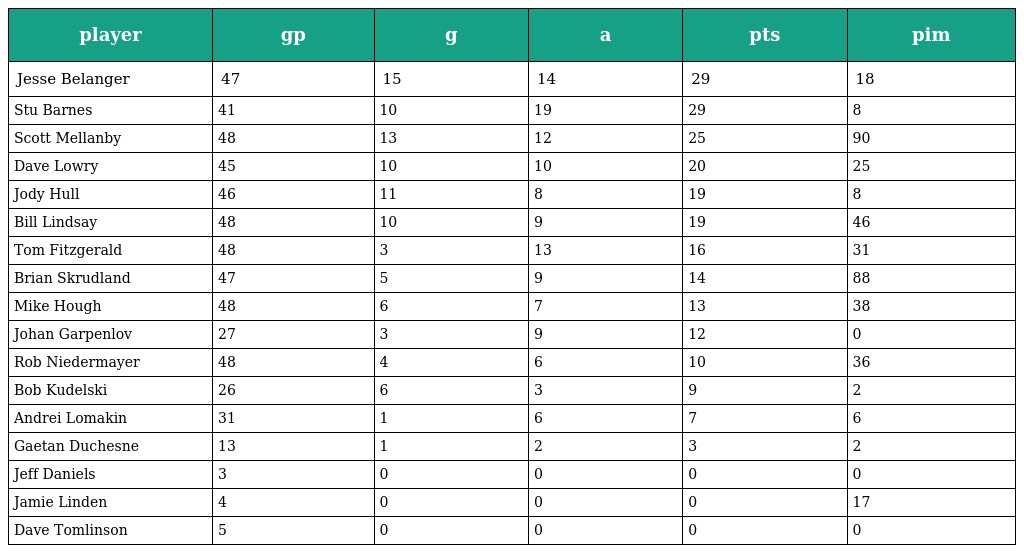
| player | gp | g | a | pts | pim |
 | --- | --- | --- | --- | --- | --- |
 | Jesse Belanger | 47 | 15 | 14 | 29 | 18 |
 | Stu Barnes | 41 | 10 | 19 | 29 | 8 |
 | Scott Mellanby | 48 | 13 | 12 | 25 | 90 |
 | Dave Lowry | 45 | 10 | 10 | 20 | 25 |
 | Jody Hull | 46 | 11 | 8 | 19 | 8 |
 | Bill Lindsay | 48 | 10 | 9 | 19 | 46 |
 | Tom Fitzgerald | 48 | 3 | 13 | 16 | 31 |
 | Brian Skrudland | 47 | 5 | 9 | 14 | 88 |
 | Mike Hough | 48 | 6 | 7 | 13 | 38 |
 | Johan Garpenlov | 27 | 3 | 9 | 12 | 0 |
 | Rob Niedermayer | 48 | 4 | 6 | 10 | 36 |
 | Bob Kudelski | 26 | 6 | 3 | 9 | 2 |
 | Andrei Lomakin | 31 | 1 | 6 | 7 | 6 |
 | Gaetan Duchesne | 13 | 1 | 2 | 3 | 2 |
 | Jeff Daniels | 3 | 0 | 0 | 0 | 0 |
 | Jamie Linden | 4 | 0 | 0 | 0 | 17 |
 | Dave Tomlinson | 5 | 0 | 0 | 0 | 0 |